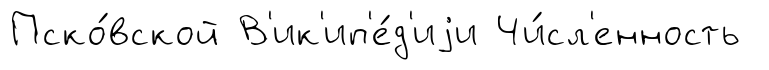
Пско́вской В'ик'ип'е́д'иjи Чи́сл'енность